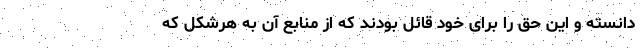
دانسته و این حق را برای خود قائل بودند که از منابع آن به هرشکل که